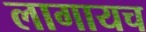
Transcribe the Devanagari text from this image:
लागायच